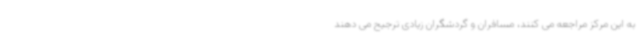
به این مرکز مراجعه می کنند، مسافران و گردشگران زیادی ترجیح می دهند